Scottish Leaving Certificate Examination, 1957
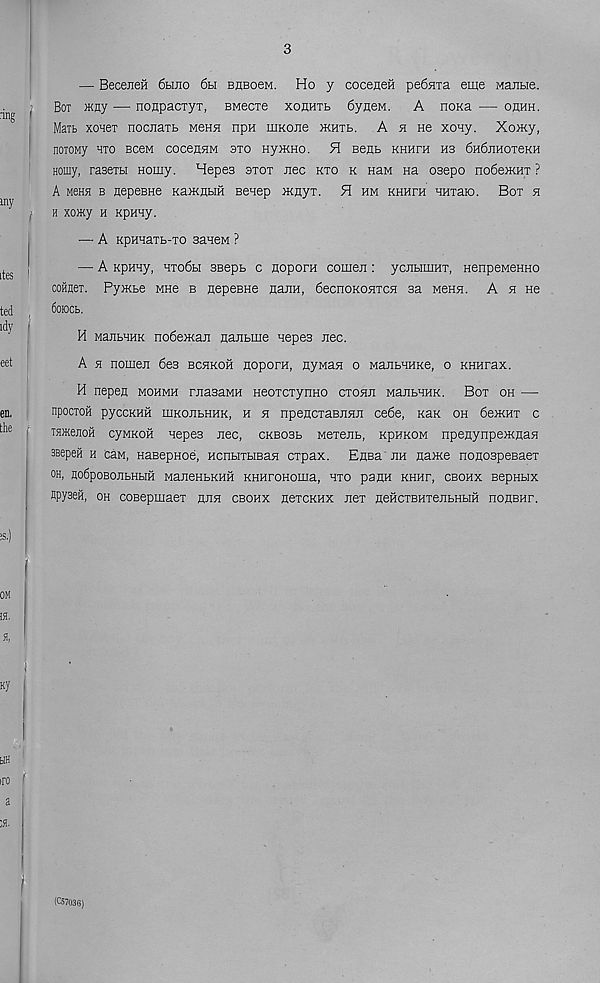
3
— BecejieH 6hjio 6h bubocm. Ho y cocenea pe6sna eme Manbie.
Box may — noHpacTyr, BMecxe xohhtb 6yneM. A noxa — ohhh.
Maib xonex nocnaib M6H5! npn iiiKone jkhtb. A b He xony. Xomy,
nOTOMy HTO BCeM COCeflHM 3T0 Hy>KHO. H Beflb KHHTH H3 6H6nHOieKH
Homy, raseiH Homy. Hepes stot nee kto k naM Ha osepo no6e>KHT ?
A mshh b nepeBne KaJKflbiH senep mnyx. H hm khhxh HHxaio. Box h
H XOHCy h Kpuny.
— A KpHHaxb-xo sanew ?
— A Kpmy, hxo6h seepb c noporn comen: ycjibiuiHx, nenpeMeHno
coHHei. Py>Kbe MHe b nepeBHe nanH, 6ecnoKOHXCH sa mchh. A h He
60K3Cb.
H MajibHHK no6e>Kan nanbiue nepes nee.
A n nomen 6e3 bchkoh nopora, nyMan o ManbHHKe, o KHHrax.
H nepen mohmh rnasaMH neoxcxynHO exonn ManbHHK. Box oh —
npocxoH pyccKHH iiiKOBbHHK, h H npencxaBnnn ce6e, Kan oh 6ewHx c
THHejioH cyMKOH nepes nee, ckbosb wexenb, kphkom npenynpeJKnan
ssepeH h cAm, naBepnoe, HcnbixHBan expax. Ensa nn name nonospeBaex
oh, no6poBonbHbiH waneHbKHH KHHroHoma, hxo pann khhf, cbohx sepHbix
npyaeS, oh coBepmaex nnn cbohx hoxcrux nex neHcxBHxenbHbm nonsHr.